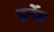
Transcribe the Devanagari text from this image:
हर्नेट